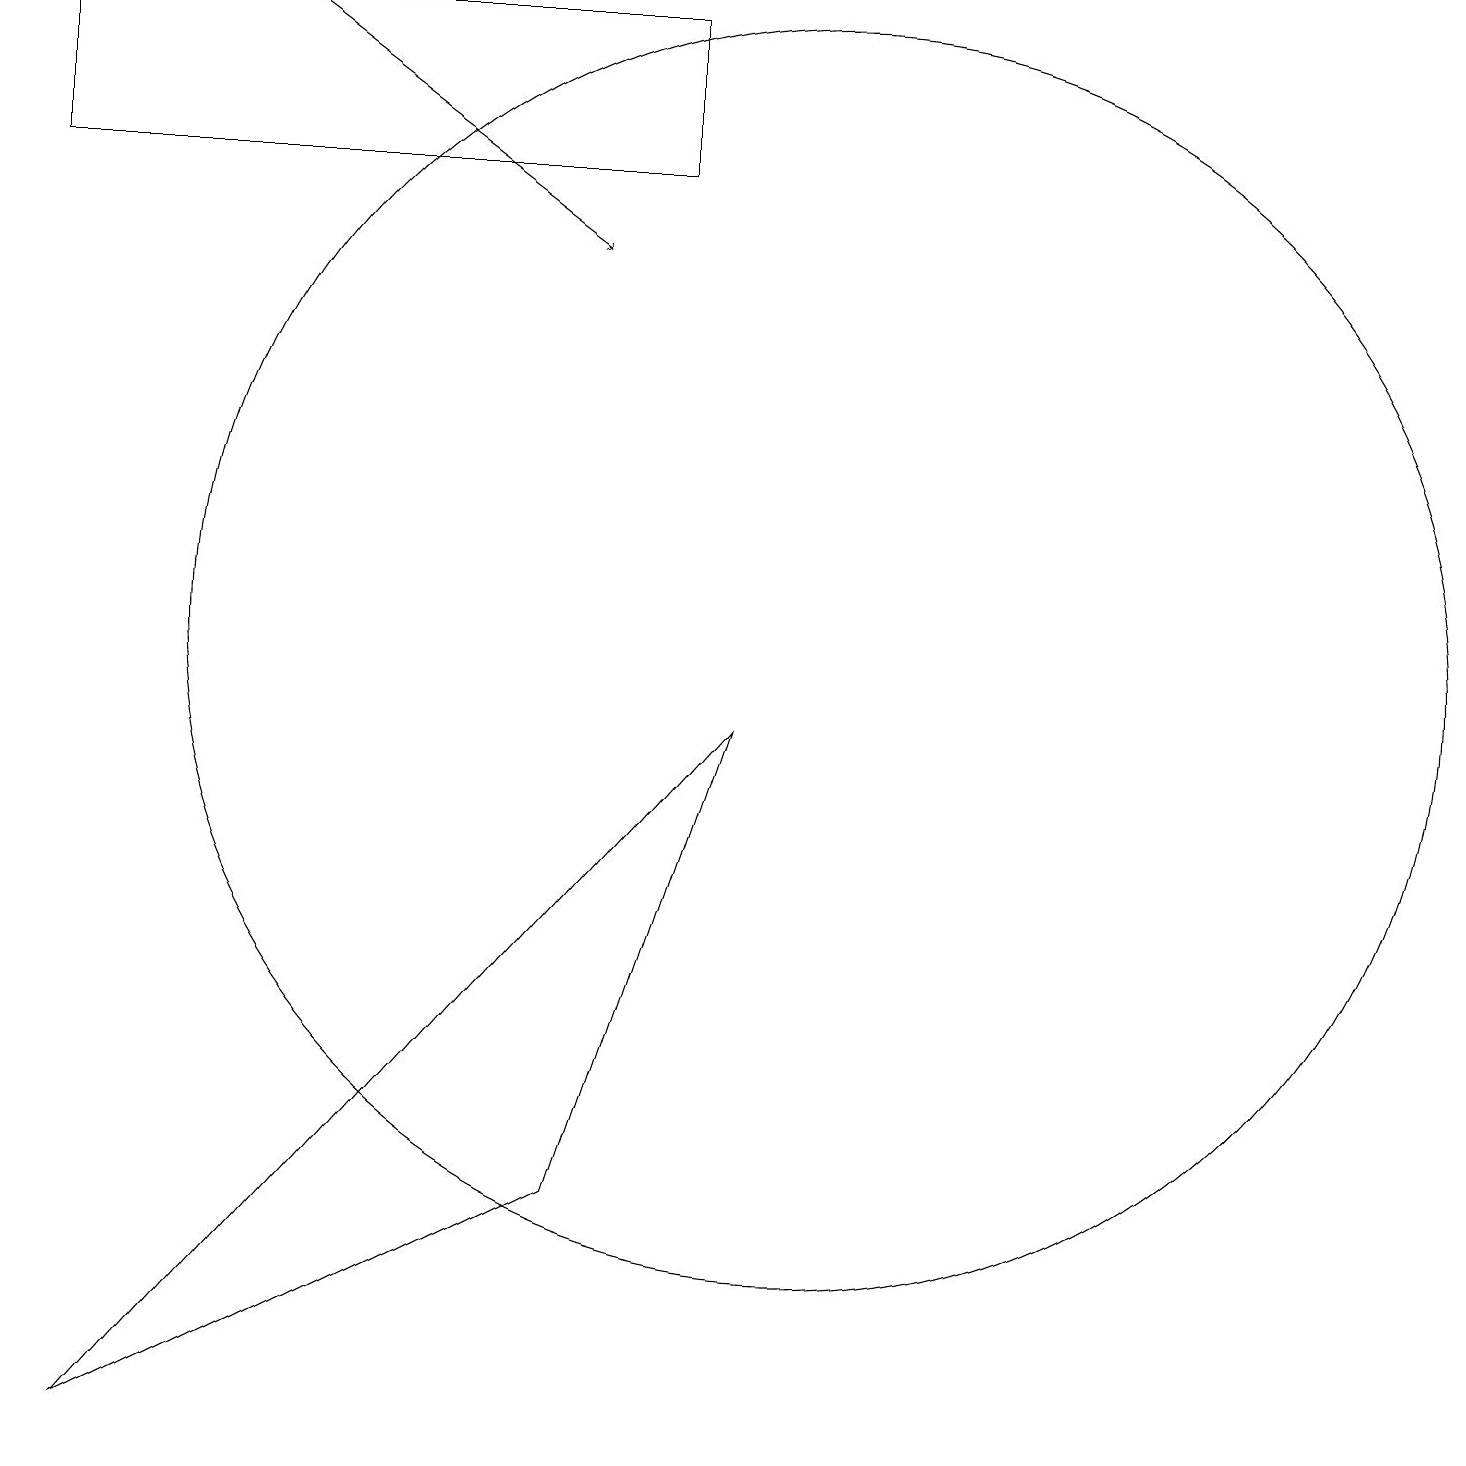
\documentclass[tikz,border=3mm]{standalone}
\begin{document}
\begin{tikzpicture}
\draw (10,10) circle (8);
\draw (12,11) circle (0);
\draw (7,3) -- (9,9) -- (1,0) -- cycle;
\draw (0,16) rectangle (8,18);
\draw (10,11) circle (0);
\draw (11,10) circle (0);
\draw[->] (3,18) -- (7,15);
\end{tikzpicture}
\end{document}